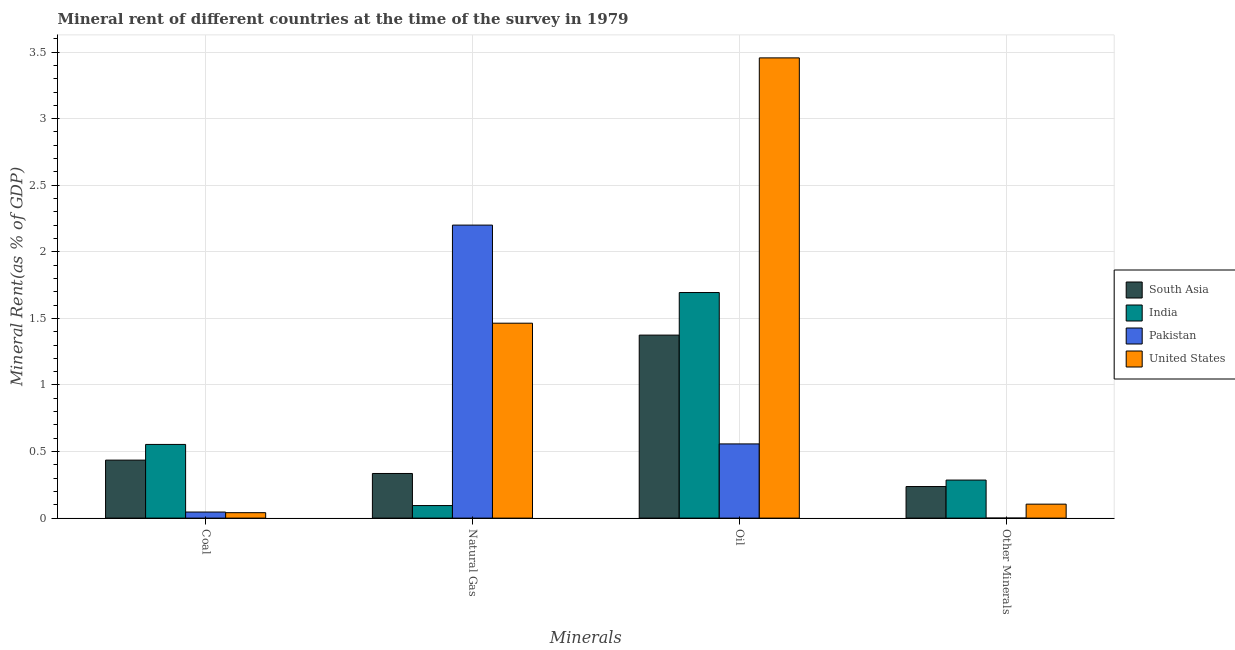
| Minerals | South Asia | India | Pakistan | United States |
 | --- | --- | --- | --- | --- |
 | Coal | 0.436 | 0.553 | 0.0456 | 0.0408 |
 | Natural Gas | 0.335 | 0.0943 | 2.2 | 1.46 |
 | Oil | 1.37 | 1.69 | 0.557 | 3.46 |
 | Other Minerals | 0.237 | 0.286 | 0.00012 | 0.105 |